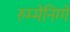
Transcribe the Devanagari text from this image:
रुम्मेनिग्गे